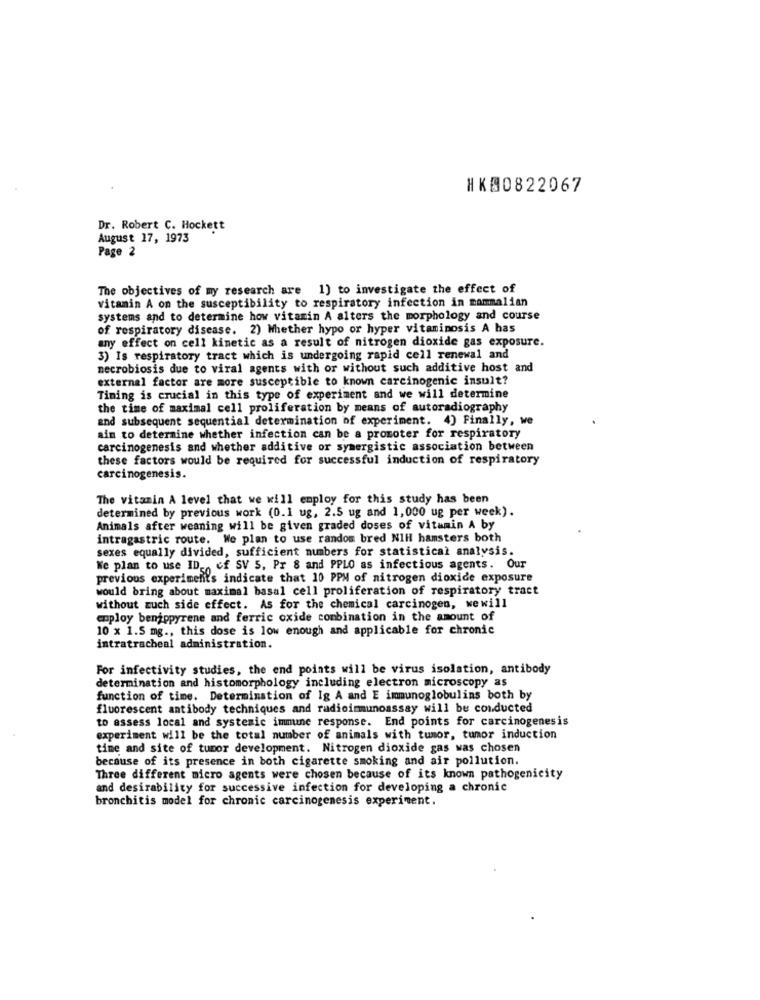
HK00822067
Dr. Robert C. Hockett
August 17, 1973
Page 2
The objectives of my research are 1) to investigate the effect of
vitamin A on the susceptibility to respiratory infection in mammalian
systems and to determine how vitamin A alters the morphology and course
of respiratory disease. 2) Whether hypo or hyper vitaminosis A has
any effect on cell kinetic as a result of nitrogen dioxide gas exposure.
3) Is respiratory tract which is undergoing rapid cell renewal and
necrobiosis due to viral agents with or without such additive host and
external factor are more susceptible to known carcinogenic insult?
Timing is crucial in this type of experiment and we will determine
the time of maximal cell proliferation by means of autoradiography
and subsequent sequential determination of experiment. 4) Finally, we
aim to determine whether infection can be a promoter for respiratory
carcinogenesis and whether additive or synergistic association between
these factors would be required for successful induction of respiratory
carcinogenesis.
The vitamin A level that we will employ for this study has been
determined by previous work (0.1 ug, 2.5 ug and 1,000 ug per week).
Animals after weaning will be given graded doses of vitamin A by
intragastric route. We plan to use random bred NIH hamsters both
sexes equally divided, sufficient numbers for statistical analysis.
We plan to use ID of SV 5, Pr 8 and PPLO as infectious agents. Our
previous experiment's indicate that 10 PPM of nitrogen dioxide exposure
would bring about maximal basal cell proliferation of respiratory tract
without zuch side effect. As for the chemical carcinogen, wewill
employ benippyrene and ferric oxide combination in the amount of
10 x 1.5 mg ., this dose is low enough and applicable for chronic
intratracheal administration.
For infectivity studies, the end points will be virus isolation, antibody
determination and histomorphology including electron microscopy as
function of time. Determination of Ig A and E immunoglobulins both by
fluorescent antibody techniques and radioimmunoassay will be conducted
to assess local and systemic immune response. End points for carcinogenesis
experiment will be the total number of animals with tumor, tumor induction
time and site of tumor development. Nitrogen dioxide gas was chosen
because of its presence in both cigarette smoking and air pollution.
Three different micro agents were chosen because of its known pathogenicity
and desirability for successive infection for developing a chronic
bronchitis model for chronic carcinogenesis experiment.